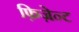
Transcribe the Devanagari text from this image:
फ़िज़ेन्ट